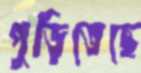
পুড়িতেছে